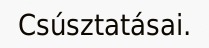
Csúsztatásai.